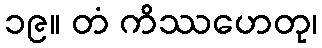
၁၉။ တံ ကိဿဟေတု၊